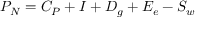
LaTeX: \textstyle P _ { N } = C _ { P } + I + D _ { g } + E _ { e } - S _ { w } \,